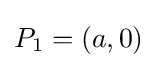
P_{1}=(a,0)